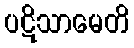
ပဋိသာမေတိ